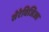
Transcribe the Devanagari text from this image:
सेरेविजिआ